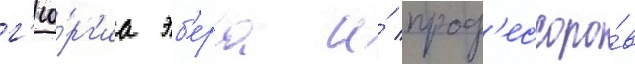
г'ео́рг'иа эб'ера и́ проф'ессоро́в